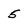
Character: 5